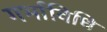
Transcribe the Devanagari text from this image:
गर्भाविधि